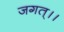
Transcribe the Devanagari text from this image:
जगत्।।